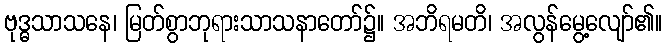
ဗုဒ္ဓသာသနေ၊ မြတ်စွာဘုရားသာသနာတော်၌။ အဘိရမတိ၊ အလွန်မွေ့လျော်၏။